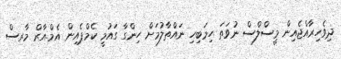
ދިވެހިރާއްޖެއިން މީސްލްސް ނުވަތަ ހިމަބިހި ނައްތާލުމަށް ހިންގާ ގައުމީ ކެމްޕެއިން އެމް.އާރް މާރސް